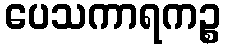
ပေသကာရကဉ္စ